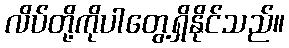
လိပ်တို့ကိုပါတွေ့ရှိနိုင်သည်။